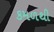
કમળથી